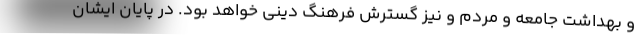
و بهداشت جامعه و مردم و نیز گسترش فرهنگ دینی خواهد بود. در پایان ایشان